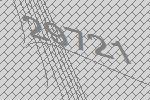
29721